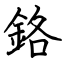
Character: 鉻